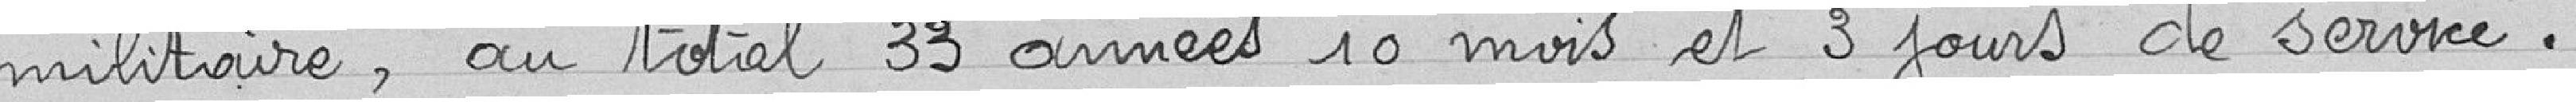
militaire, au total 33 années 10 mois et 3 jours de service.